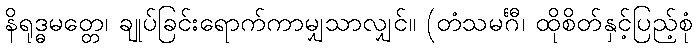
နိရုဒ္ဓမတ္တေ၊ ချုပ်ခြင်းရောက်ကာမျှသာလျှင်။ (တံသမင်္ဂီ၊ ထိုစိတ်နှင့်ပြည့်စုံ